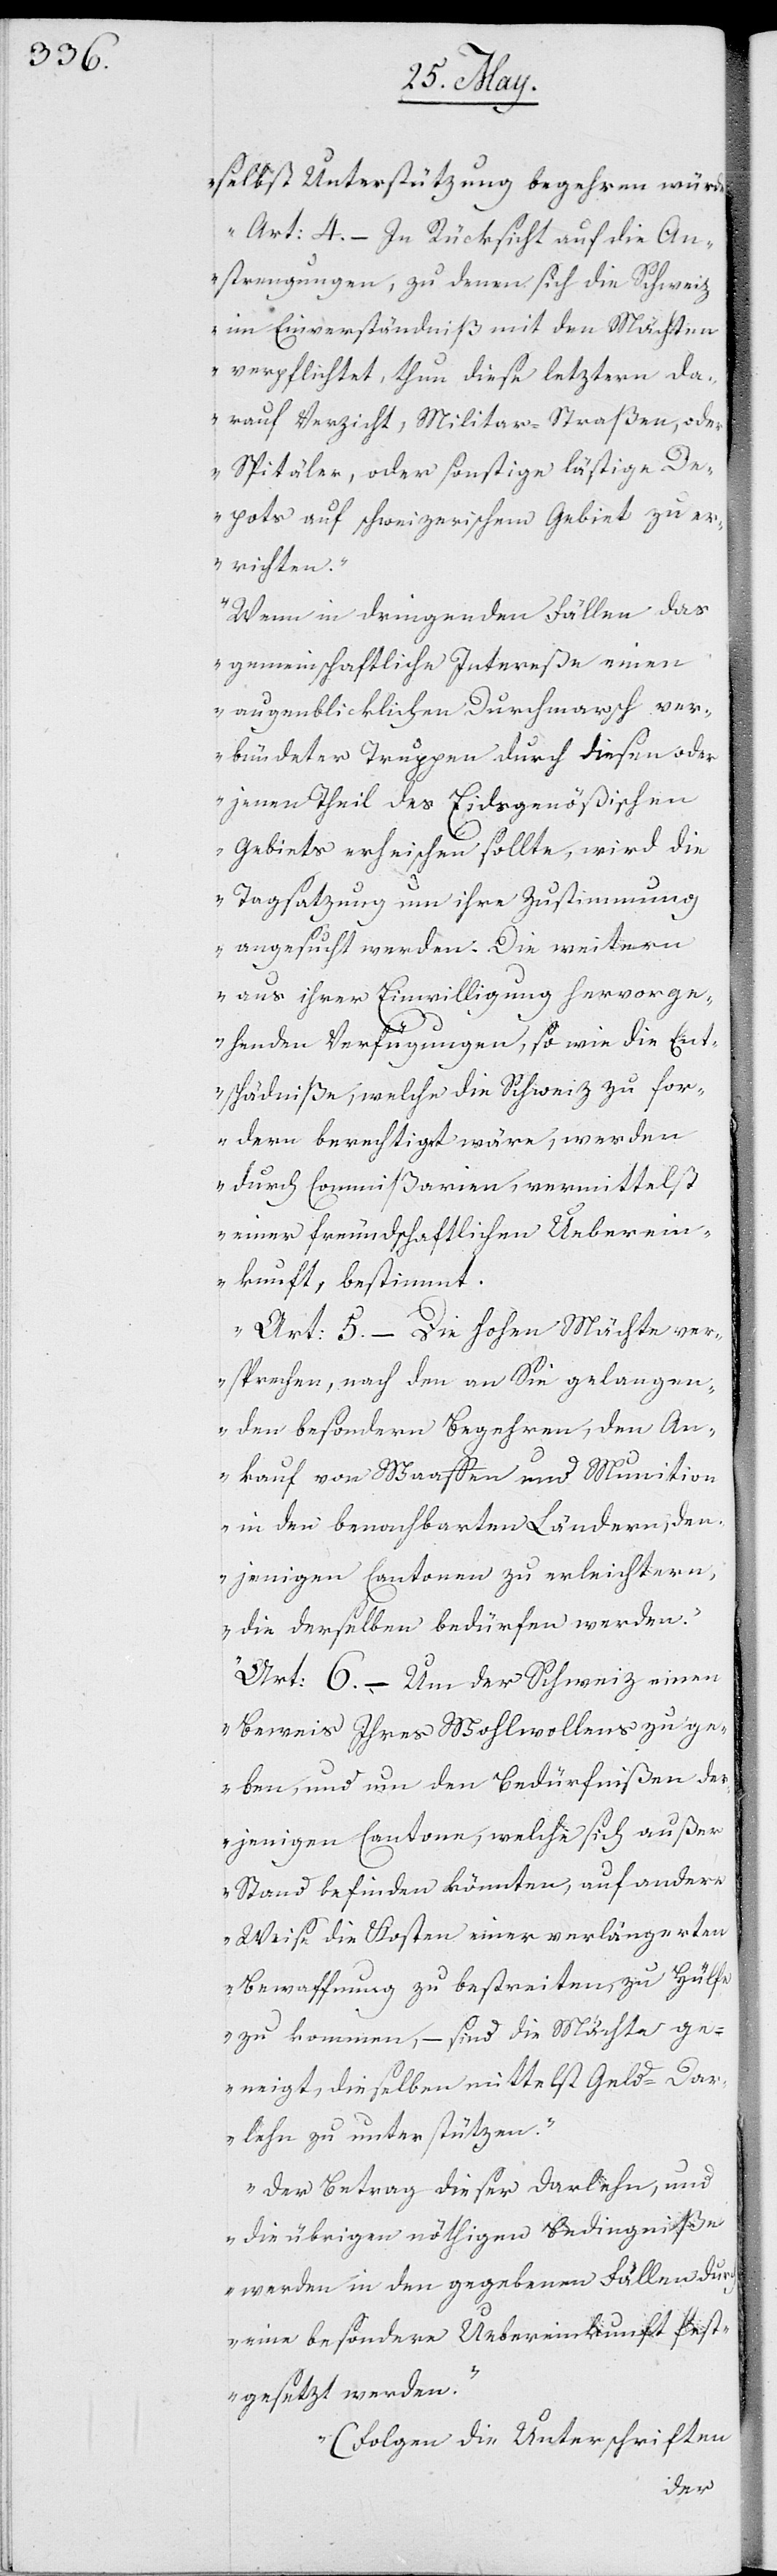
selbst Unterstützung begehren würde.
Art. 4. – In Rücksicht auf die An¬
strengungen, zu denen sich die Schweiz
im Einverständnis mit den Mächten
verpflichtet, thun diese letztern da¬
rauf Verzicht, Militar-Straaßen oder
Spitäler, oder sonstige lästige De¬
pots auf schweizerischem Gebiet zu er¬
richten.
Wenn in dringenden Fällen das
gemeinschaftliche Intereße einen
augenblicklichen Durchmarsch ver¬
bündeter Truppen durch diesen oder
jenen Theil des Eydsgenößischen
Gebiets erheischen sollte, wird die
Tagsatzung um ihre Zustimmung
angesucht werden. Die weitern
aus ihrer Einwilligung hervorge¬
henden Verfügungen, so wie die Ent¬
schädniße, welche die Schweiz zu for¬
dern berechtigt wäre, werden
durch Commißarien, vermittelst
einer freundschaftlichen Überein¬
kunft, bestimmt.
Art. 5. – Die Hohen Mächte ver¬
sprechen, nach den an sie gelangen¬
den besondern Begehren, den An¬
kauf von Waffen und Munition
in den benachbarten Ländern, den¬
jenigen Cantonen zu erleichtern,
die derselben bedürfen werden.
Art. 6. – Um der Schweiz einen
Beweis ihres Wohlwollens zu ge¬
ben, und um den Bedürfnißen de¬
rjenigen Cantone, welche sich außer
Stand befinden könnten, auf andere
Weise die Kosten einer verlängerten
Bewaffnung zu bestreiten, zu Hülfe
zu kommen, – sind die Mächte ge¬
neigt, dieselben mittelst Geld-Dar¬
lehen zu unterstützen.
Der Betrag dieser Darlehen, und
die übrigen nöthigen Bedingniße
werden in den gegebenen Fällen durch
eine besondere Übereinkunft fest¬
gesetzt werden.
(Folgen die Unterschriften